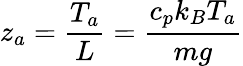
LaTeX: z_{a}={\frac{T_{a}}{L}}={\frac{c_{p}k_{B}T_{a}}{mg}}